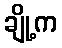
ချို့က